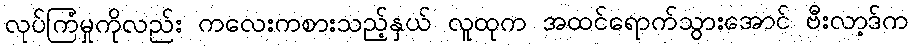
လုပ်ကြံမှုကိုလည်း ကလေးကစားသည့်နှယ် လူထုက အထင်ရောက်သွားအောင် ဗီးလာ့ဒ်က